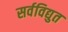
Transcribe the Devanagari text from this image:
सर्वविद्युत